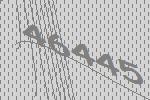
46445